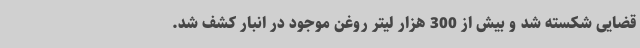
قضایی شکسته شد و بیش از 300 هزار لیتر روغن موجود در انبار کشف شد.